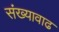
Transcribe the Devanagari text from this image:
संख्यावाढ